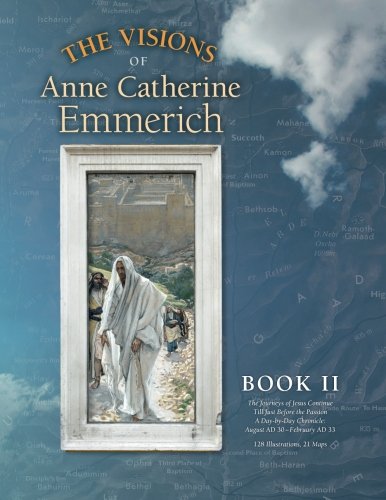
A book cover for The Visions of Anne Catherine Emmerich (Deluxe Edition), Book II: The Journeys of Jesus Continue Till Just Before the Passion With a Day-by-Day Chronicle August AD 30 to February AD 33 (Volume 2); Anne Catherine Emmerich; Christian Books & Bibles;